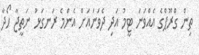
ތިން ގްރޫޕްގެ އެއްވަނަ ޓީމު އަދި ދެވަނައަށް އެންމެ ރަނގަޅު ނަތީޖާ ހޯދާ